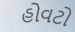
હોવટો